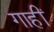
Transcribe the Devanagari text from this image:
गाहीं